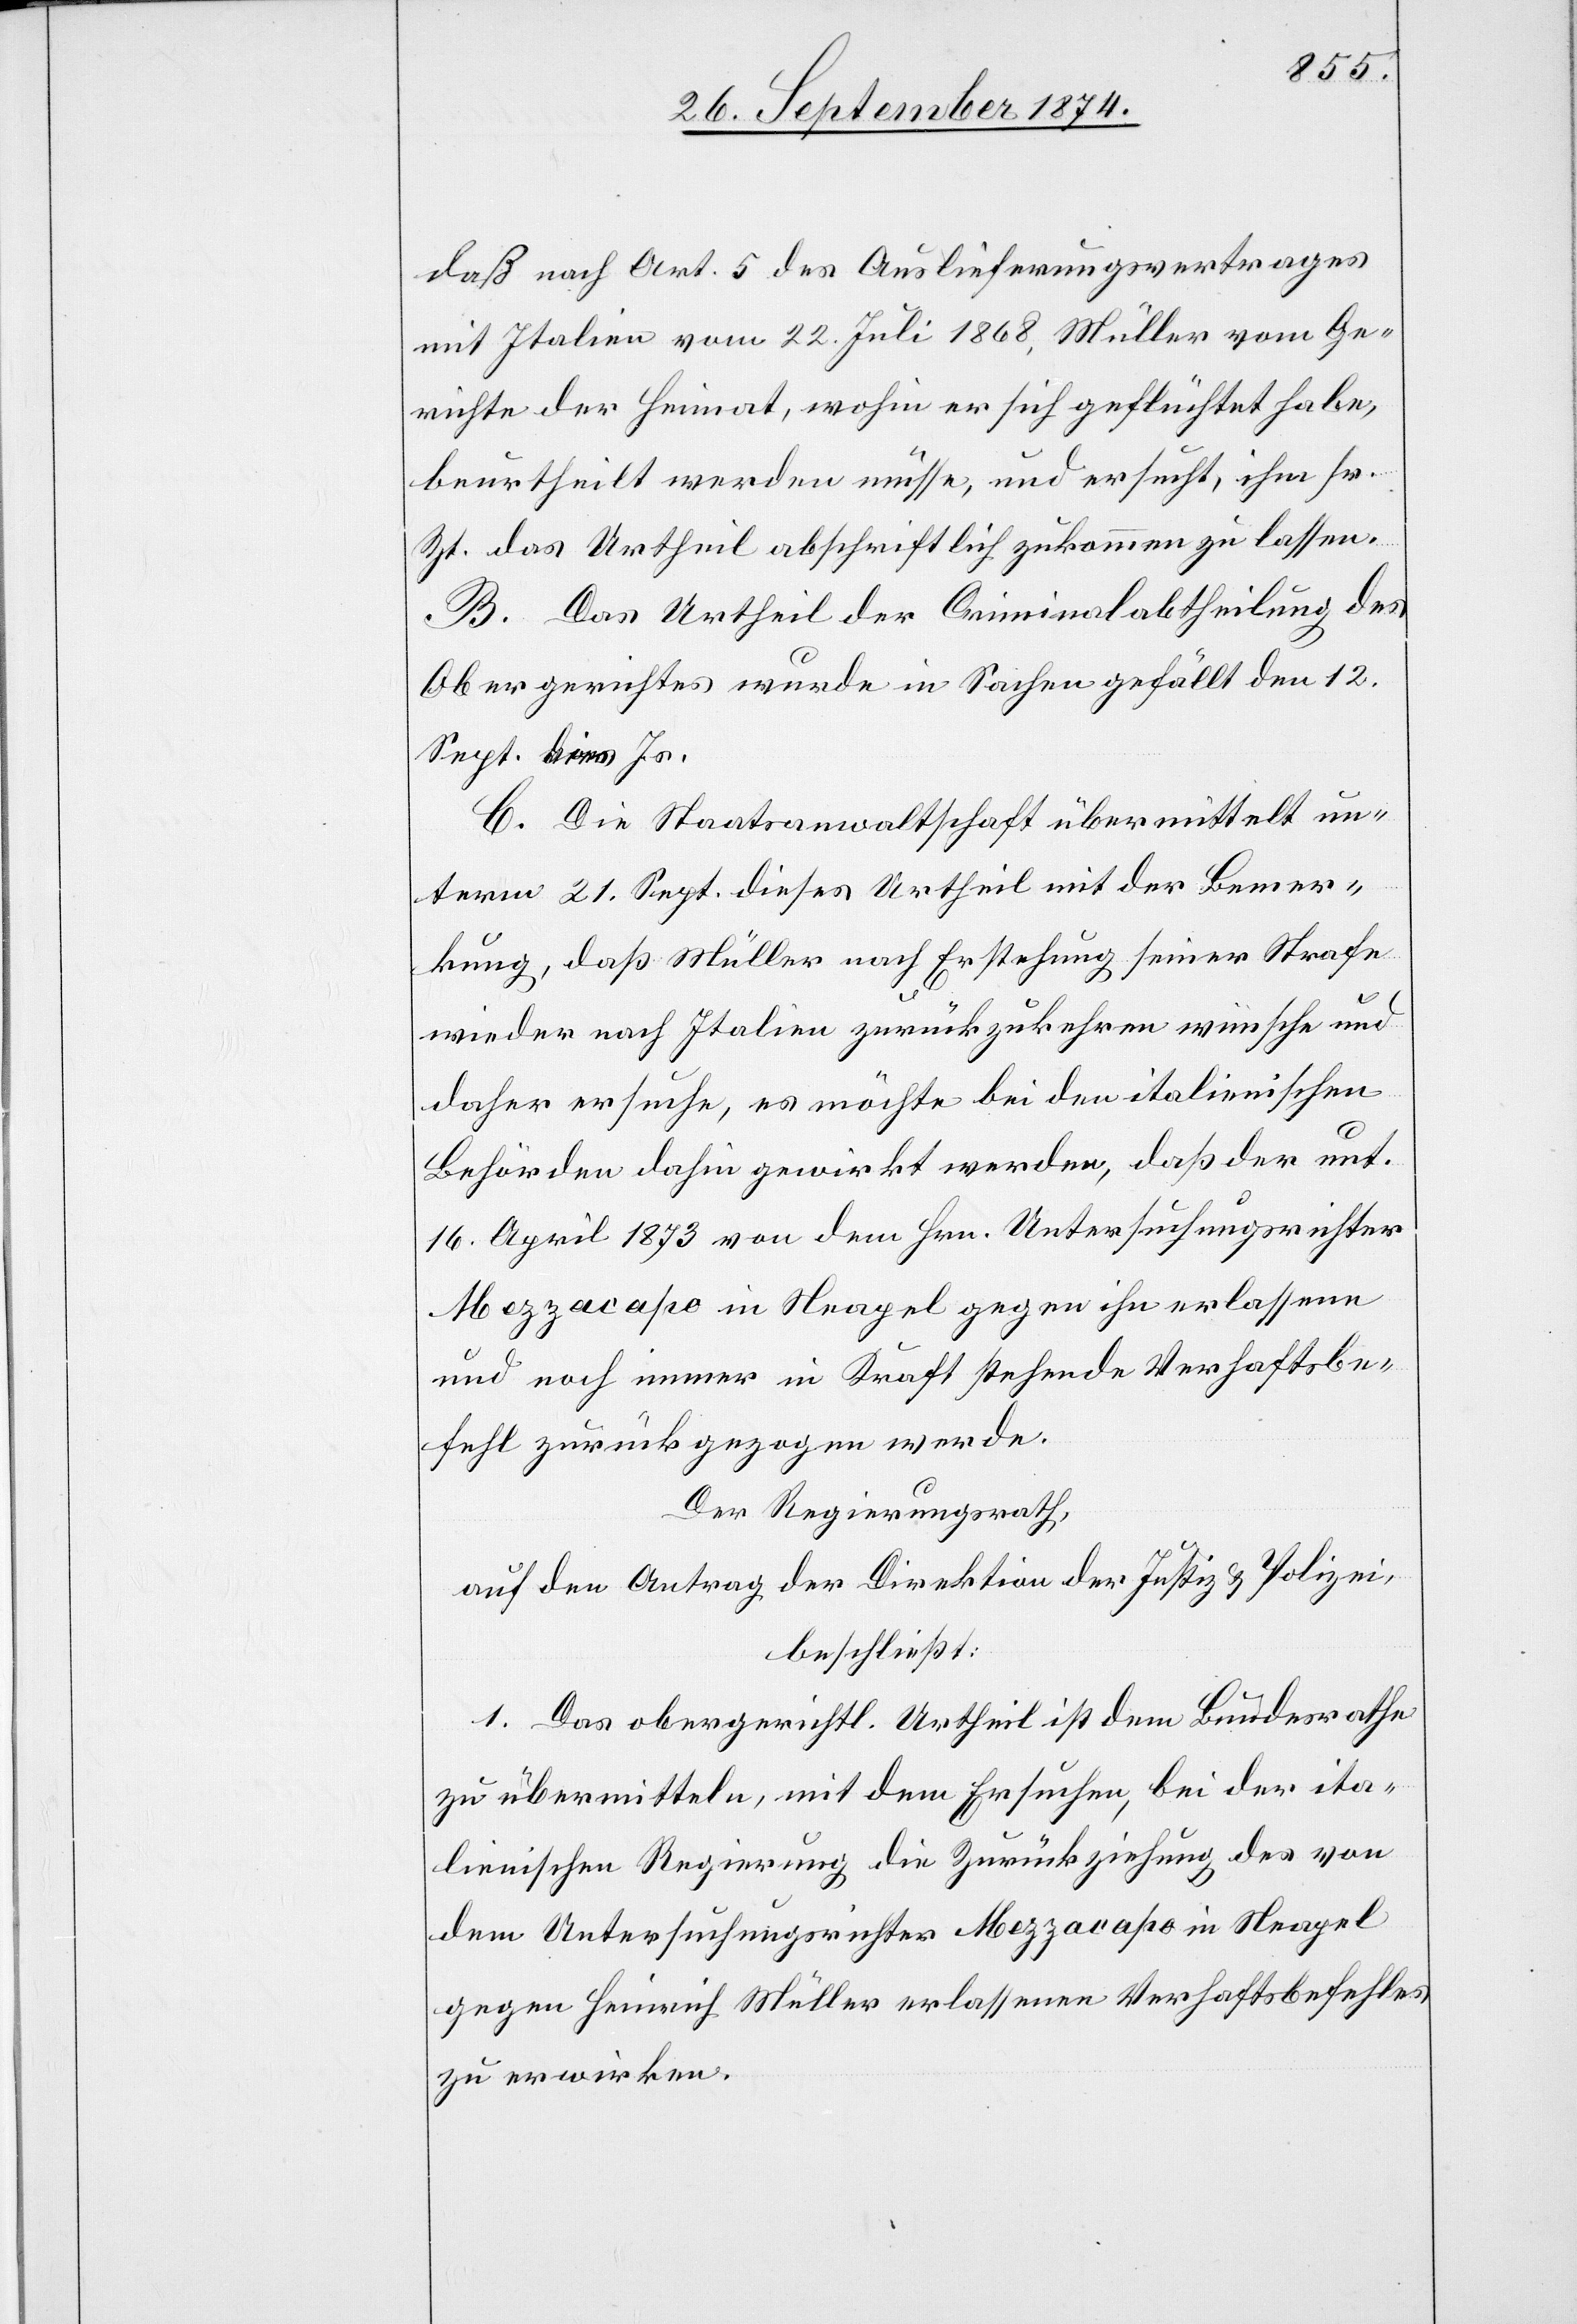
daß nach Art. 5 des Auslieferungsvertrages
mit Italien vom 22. Juli 1868, Müller vom Ge¬
richte der Heimat, wohin er sich geflüchtet habe,
beurtheilt werden müsse, und ersucht, ihm sr.
Zt. das Urtheil abschriftlich zukommen zu lassen.
B. Das Urtheil der Cirminalabtheilung des
Obergerichtes wurde in Sachen gefällt den 12.
Sept. dies Js.
C. Die Staatsanwaltschaft übermittelt un¬
term 21. Sept. dieses Urtheil mit der Bemer¬
kung, daß Müller nach Erstehung seiner Strafe
wieder nach Italien zurückzukehren wünsche und
daher ersuche, es möchte bei den italienischen
Behörden dahin gewirkt werden, daß der unt.
16. April 1873 von dem Hrn. Untersuchungsrichter
Mezzacapo in Neapel gegen ihn erlassene
und noch immer in Kraft stehende Verhaftsbe¬
fehl zurückgezogen werde.
Der Regierungsrath,
auf den Antrag der Direktion der Justiz & Polizei,
beschließt:
1. Das obergerichtl. Urtheil ist dem Bundesrathe
zu übermitteln, mit dem Ersuchen, bei der ita¬
lienischen Regierung die Zurückziehung des von
dem Untersuchungsrichter Mezzacapo in Neapel
gegen Heinrich Müller erlassenen Verhaftsbefehles
zu erwirken.